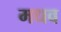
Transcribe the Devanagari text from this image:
मधव